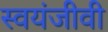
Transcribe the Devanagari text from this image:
स्वयंजीवी